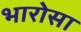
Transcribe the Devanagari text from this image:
भारोसा